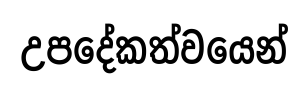
උපදේකත්වයෙන්